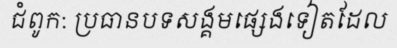
ជំពូក: ប្រធានបទសង្គមផ្សេងទៀតដែល